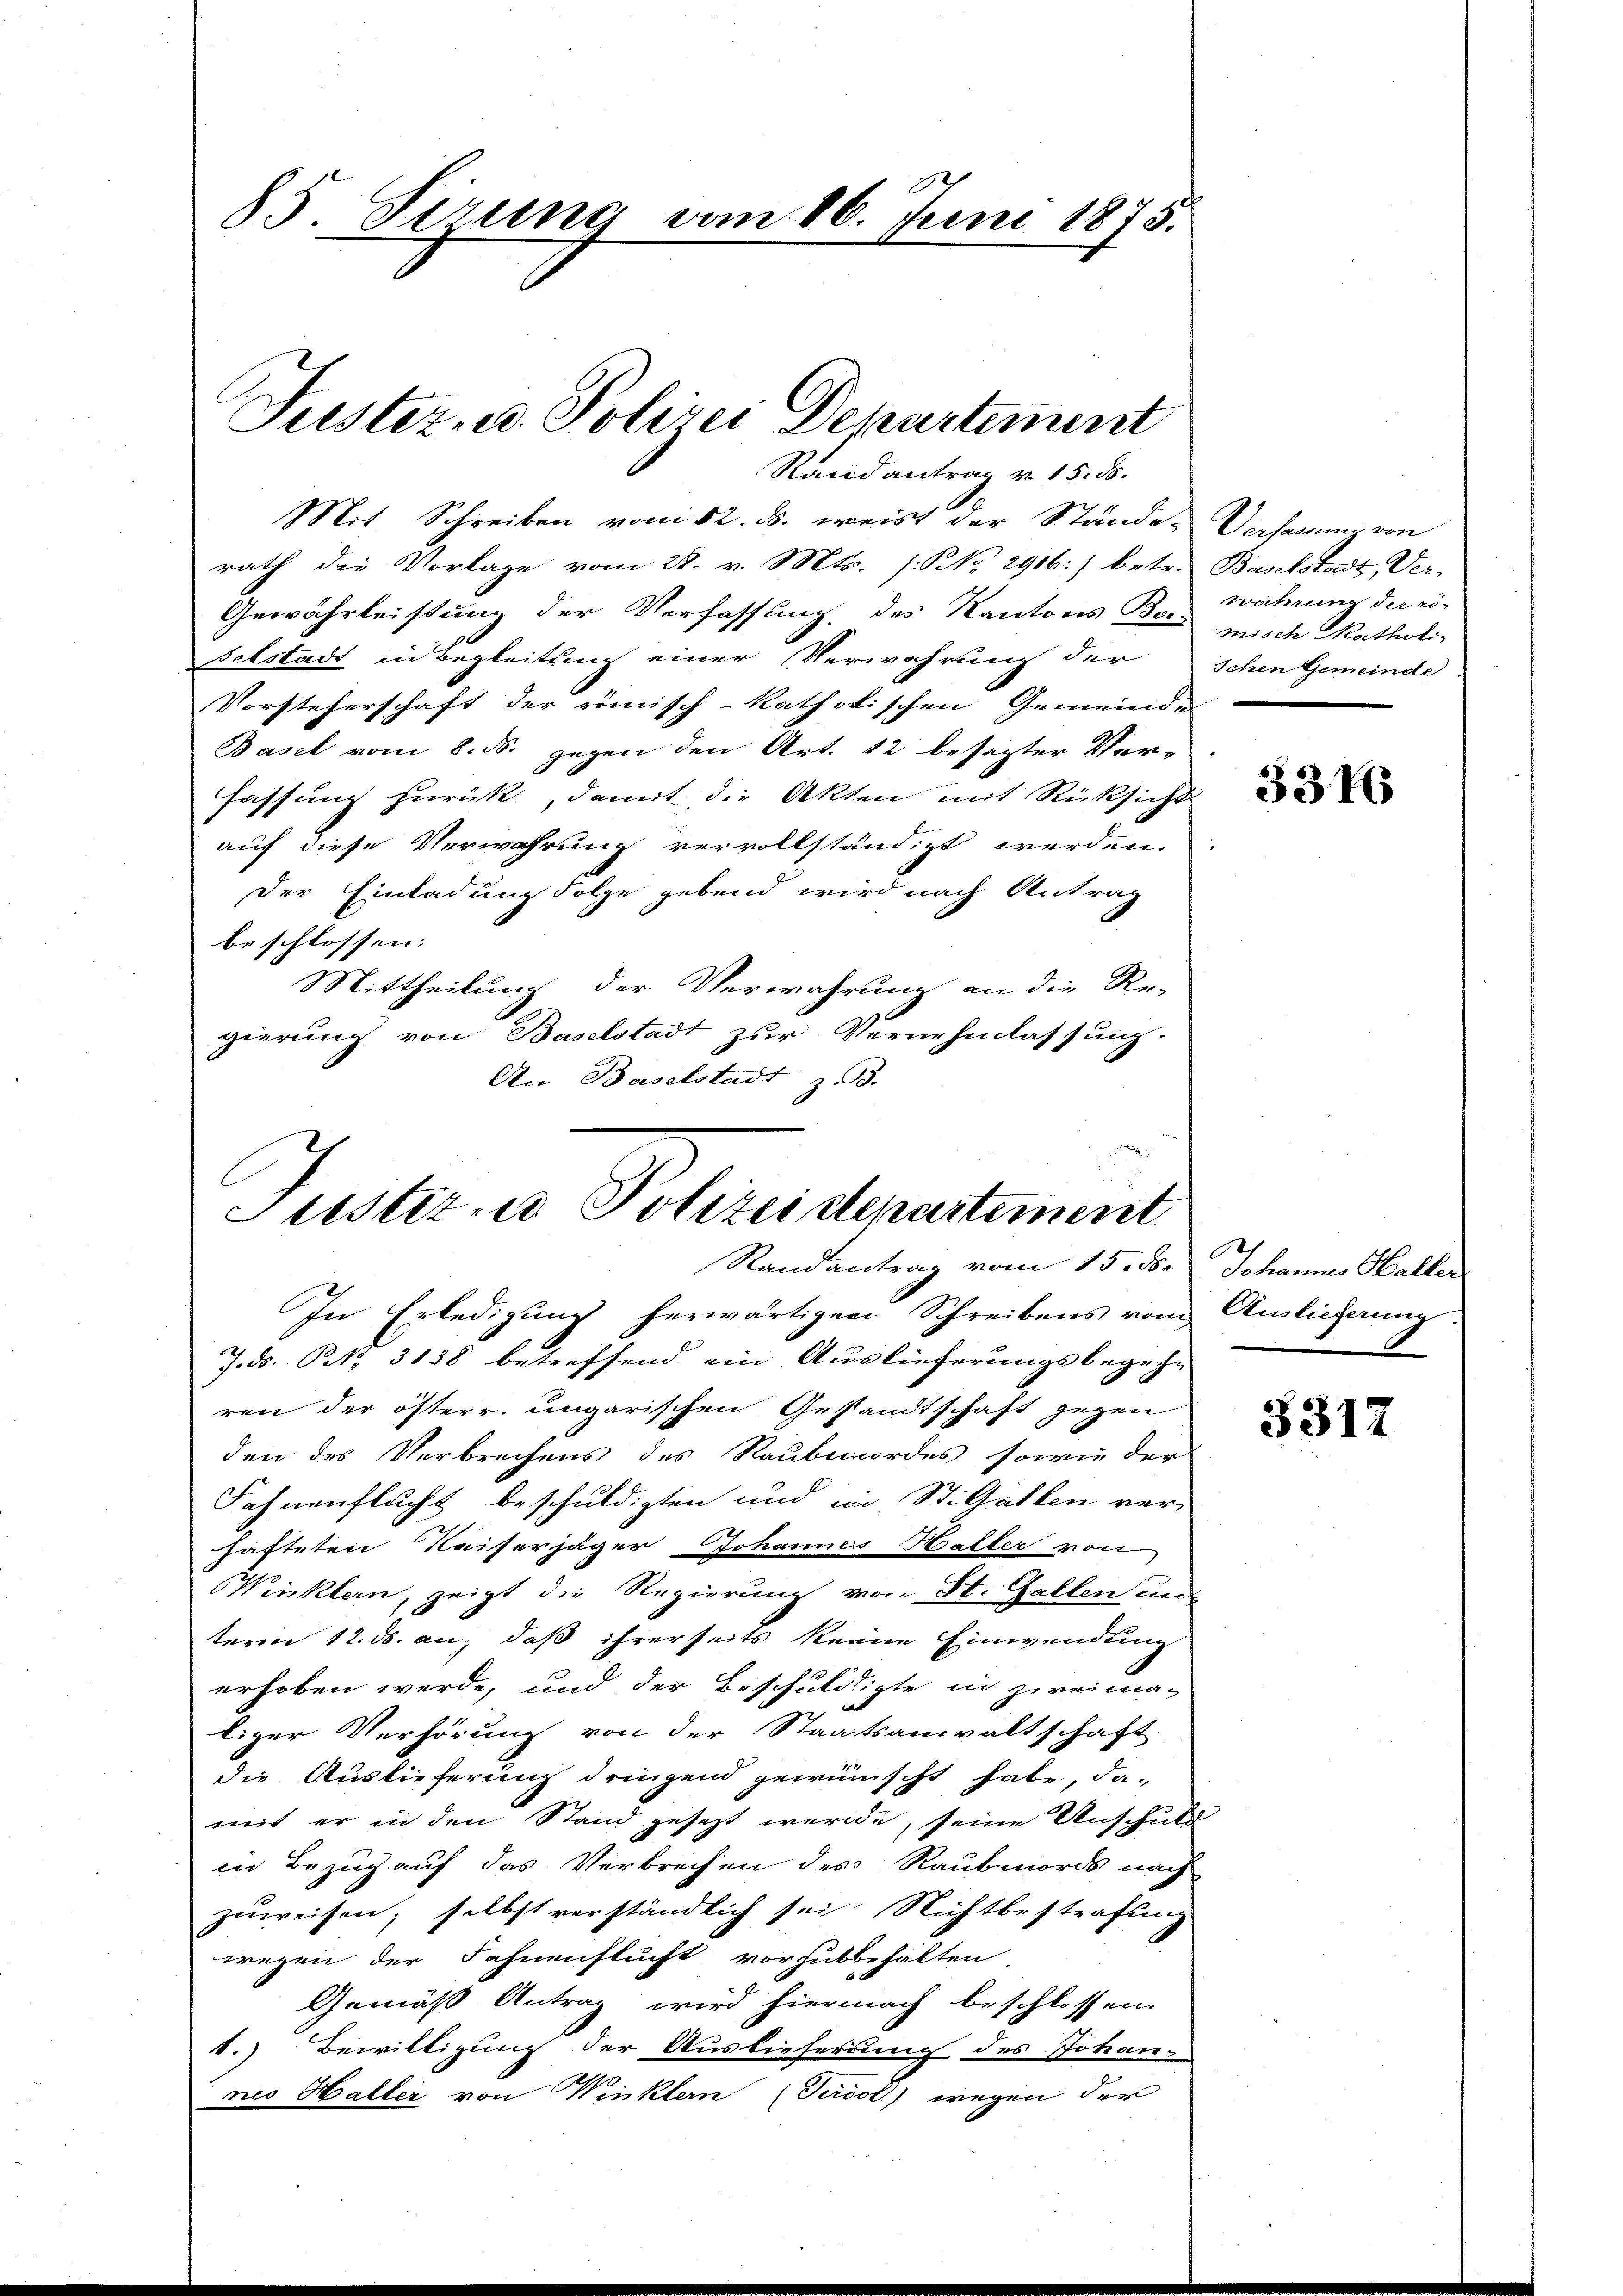
85 Sirung vom 26. Juni 1875.

Justiz- u. Polizei Departement
Rand antrag v. 15. ds.

Mit Schreiben vom 12. ds. weist der Stände-Versagung von
rath die Vorlage vom 28. v. Mts. s. No 2916:) betr. Baselstadt, Ver-
Gewährleistung der Verfassung, des Kantons Bei-
selstadt in Begleitung einer Verwahrung der Schen Gemeinde
Vorsteherschaft der römisch-katholischen Gemeinde
Basel vom 8. ds. gegen den Art. 12 besagter Verfassung zurück, damit die Akten mit Rücksicht
auf diese Verwahrung vervollständigt werden.
der Einladung Folge gebend wird nach Antrag
beschlossen:
Mittheilung der Verwahrung an die Re-
gierung von Baselstadt zur Vernehmlassung.
An Baselstadt, z. B.

Justiz u. Polizeistenartement
Randantrag vom 15. 5. Johannes Haller

In Erledigung herwärtigen Schreibens vom
J.ds. S. 3138 betreffend ein Auslieferungsbegehr
ren der österr. ungarischen Gesandtschaft gegen
den des Verbrechens des Raubmordes sowie der
Fahnenflucht beschuldigten und in St. Gallen ver-
hafteten Kaiserjäger Johannes Haller von
Winklern, zeigt die Regierung von St. Gallen un
term 12. ds. an, daß ihrerseits keine Einwendung
erhoben werde, und der Beschuldigte in zweima-
liger Verhörung von der Staatsanwaltschaft
die Auslieferung dringend gewünscht habe, da-
mit er in den Stand gesetzt werde, seine Anschuld
in Bezug auf das Verbrechen des Raubmords nach
zuweisen; selbst verständlich sei. Nichtbestrafung
wegen der Fahnenflucht vorhubbehalten.
Gemäß Antrag wird hiernach beschlossen.
1.) Bewilligung der Auslieferung des Johan-
nes Haller von Winklern (Persol) wegen der

wahrung der ro-
misch Matholi

3316

Auslieferung

5317.